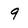
Character: 9